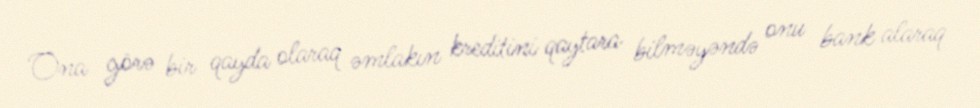
Ona görə bir qayda olaraq əmlakın kreditini qaytara bilməyəndə onu bank alaraq